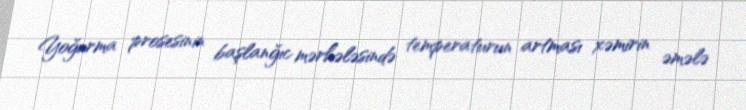
Yoğurma prosesinin başlanğıc mərhələsində temperaturun artması xəmirin əmələ